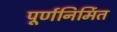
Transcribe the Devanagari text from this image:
पूर्णनिर्मित